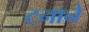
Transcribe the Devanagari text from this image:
टनाने